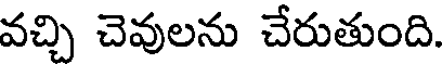
వచ్చి చెవులను చేరుతుంది.